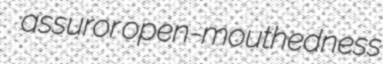
assuror open-mouthedness